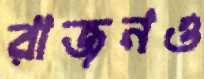
রাজনও